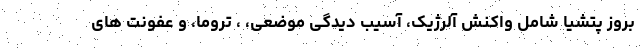
بروز پتشیا شامل واکنش آلرژیک، آسیب دیدگی موضعی، ، تروما، و عفونت های